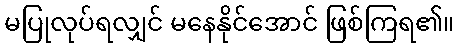
မပြုလုပ်ရလျှင် မနေနိုင်အောင် ဖြစ်ကြရ၏။